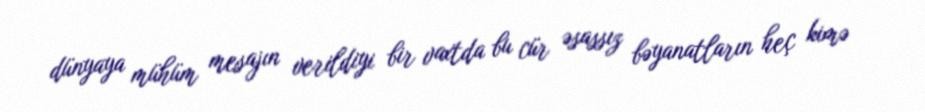
dünyaya mühüm mesajın verildiyi bir vaxtda bu cür əsassız bəyanatların heç kimə